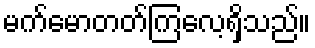
မက်မောတတ်ကြလေ့ရှိသည်။